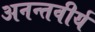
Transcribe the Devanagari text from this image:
अनन्तवीर्य